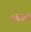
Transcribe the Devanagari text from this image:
०६३९